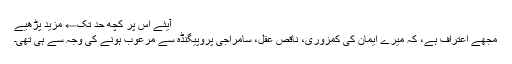
آیئے اس پر کچھ حد تک← مزید پڑھیے
مجھے اعتراف ہے، کہ میرے ایمان کی کمزوری، ناقص عقل، سامراجی پروپیگنڈہ سے مرعوب ہونے کی وجہ سے ہی تھی۔